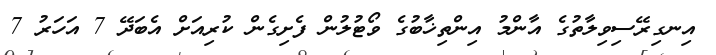
އިނގިރޭސިވިލާތުގެ އާންމު އިންތިޚާބުގެ ވޯޓުލުން ފެށިގެން ކުރިއަށް އެބަދޭ 7 އަހަރު 7